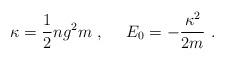
LaTeX: \begin{align*}\kappa= \frac{1}{2} ng^{2}m \ , \ \ \ \ E_{0}=-\frac{\kappa^{2}}{2m} \ .\end{align*}